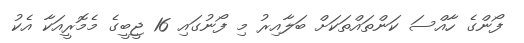
ފޯންގެ ހާއްސަ ކަންތައްތަކަށް ބަލާއިރު މި ފޯނުގައި 16 ޖީބީގެ މެމޮރީއަކާ އެކު